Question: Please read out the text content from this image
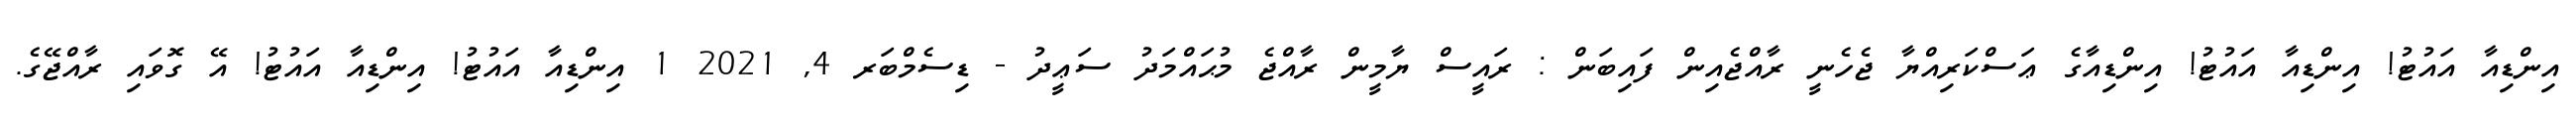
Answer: އިންޑިއާ އައުޓު! އިންޑިއާ އައުޓު! އިންޑިއާގެ ޢަސްކަރިއްޔާ ޖެހެނީ ރާއްޖެއިން ފައިބަން : ރައީސް ޔާމީން ރާއްޖެ މުޙައްމަދު ސަޢީދު - ޑިސެމްބަރ 4, 2021 1 އިންޑިއާ އައުޓު! އިންޑިއާ އައުޓު! އޭ ގޮވައި ރާއްޖޭގެ.